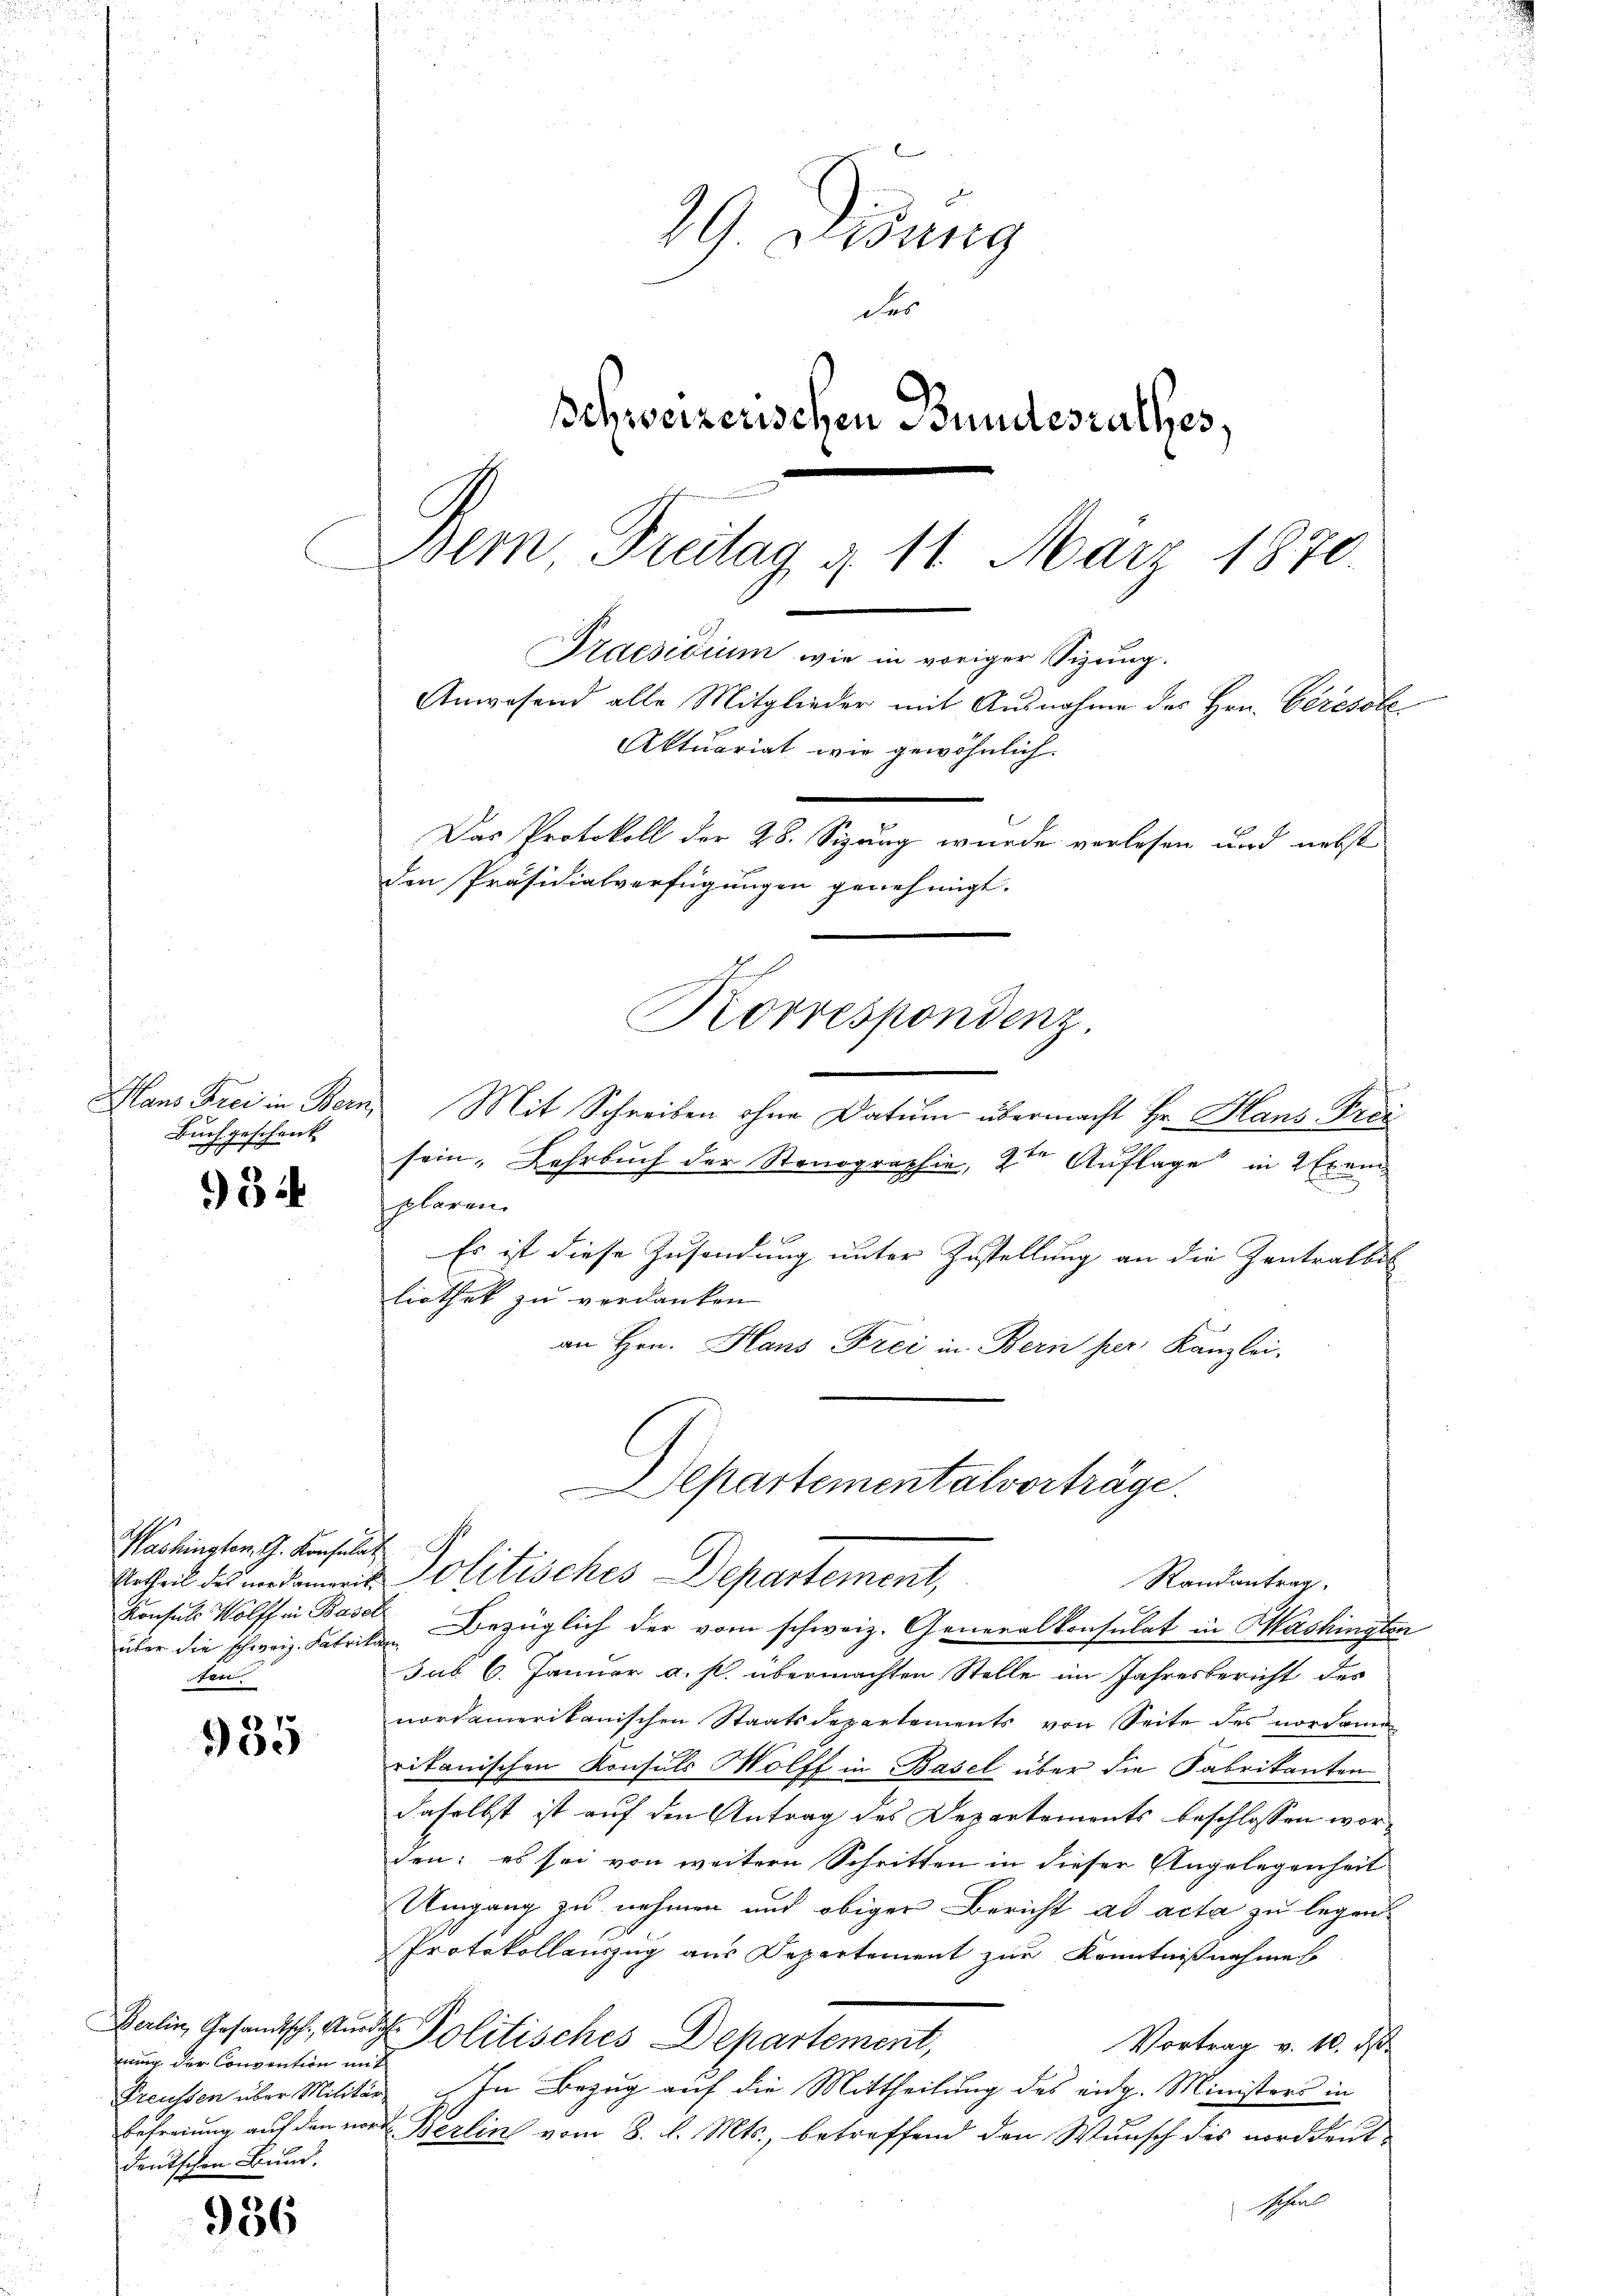
Buchgeschenk

954

Washingten, G. Konsulat
über die schweiz. Fabrikan
ten

935

nung der Convention mit
deutschen Bund.

936

29. Disung
des
Schweizerischen Bundesrathes,

em, Dreitag d. 11. März 1870.
Das Protokoll der 28. Sizung wurde verlesen und nebst
den Präsidialverfügungen genehmigt. |
Korrespondenz.

Hans Frei in Bern. Mit Schreiben ohne Datum übermacht Hr. Hans Frei
sein, Lehrbuch der Stenographie, 2ten Auflage in 2 Exemplaren
Es ist diese Zusendung unter Zustellung an die Zentralbil
liothek zu verdanken
an Hrn. Hans Frei in Bern per Kanzlei-
Departementalverträge.
Urtheil des undamerit. Politisches Departement,
Randantrag.
Konsuls Wolffen Basel bezüglich der vom schweiz. Generalkonsulat in Washingten
sub 6. Januar a. p. übermachten Stelle im Jahresbericht des
nordamerikanischen Staatsdepartements von Seite des nordame
rikanischen Konsuls Molff in Basel über die Fabrikanten
daselbst ist auf den Antrag des Departements beschlossen worden; es sei von weitere Schritten in dieser Angelegenheit
Umgang zu nehmen und obiger Bericht ad acta zu legend
Protokollauszug aus Departement zur Kenntnißnahmes
Dalin, Gesandtsch. Auch Politisches Departement,
Vortrag v. 10. ds.
Preußen über Militär, In Bezug auf die Mittheilung des eidg. Ministers in
Befreiung auf den noch Berlin vom 8. d. Mts., betreffend den Wunsch des norddeut¬
Schel

Praesidium wie in voriger Sizung.
Anwesend alle Mitglieder mit Ausnahme des Hrn. Ceresole

Aktuariat wie gewöhnlich.